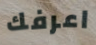
اعرفك